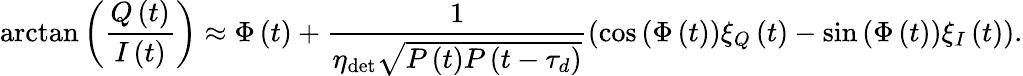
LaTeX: \arctan\left(\frac{Q\left(t\right)}{I\left(t\right)}\right)\approx\Phi\left(t\right)+\frac{1}{\eta_{\mathrm{det}}\sqrt{P\left(t\right)P\left(t-\tau_{d}\right)}}\left(\cos{\left(\Phi\left(t\right)\right)}\xi_{Q}\left(t\right)-\sin{\left(\Phi\left(t\right)\right)}\xi_{I}\left(t\right)\right).